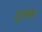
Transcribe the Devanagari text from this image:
ट्रिमिंग